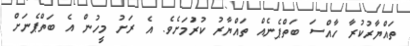
ތައްޔާރުކުރާ ހާއްސަ ބަތްޕެނެއް ތައްޔާރު ކުރުަމަށެވެ. އެ ރަށު މީހުން އެ ބަތްޕެނަށް